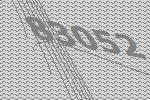
83052